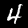
Label: 4